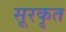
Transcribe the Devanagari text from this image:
सूरकृत